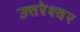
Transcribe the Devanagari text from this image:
उत्तरेश्‍वर